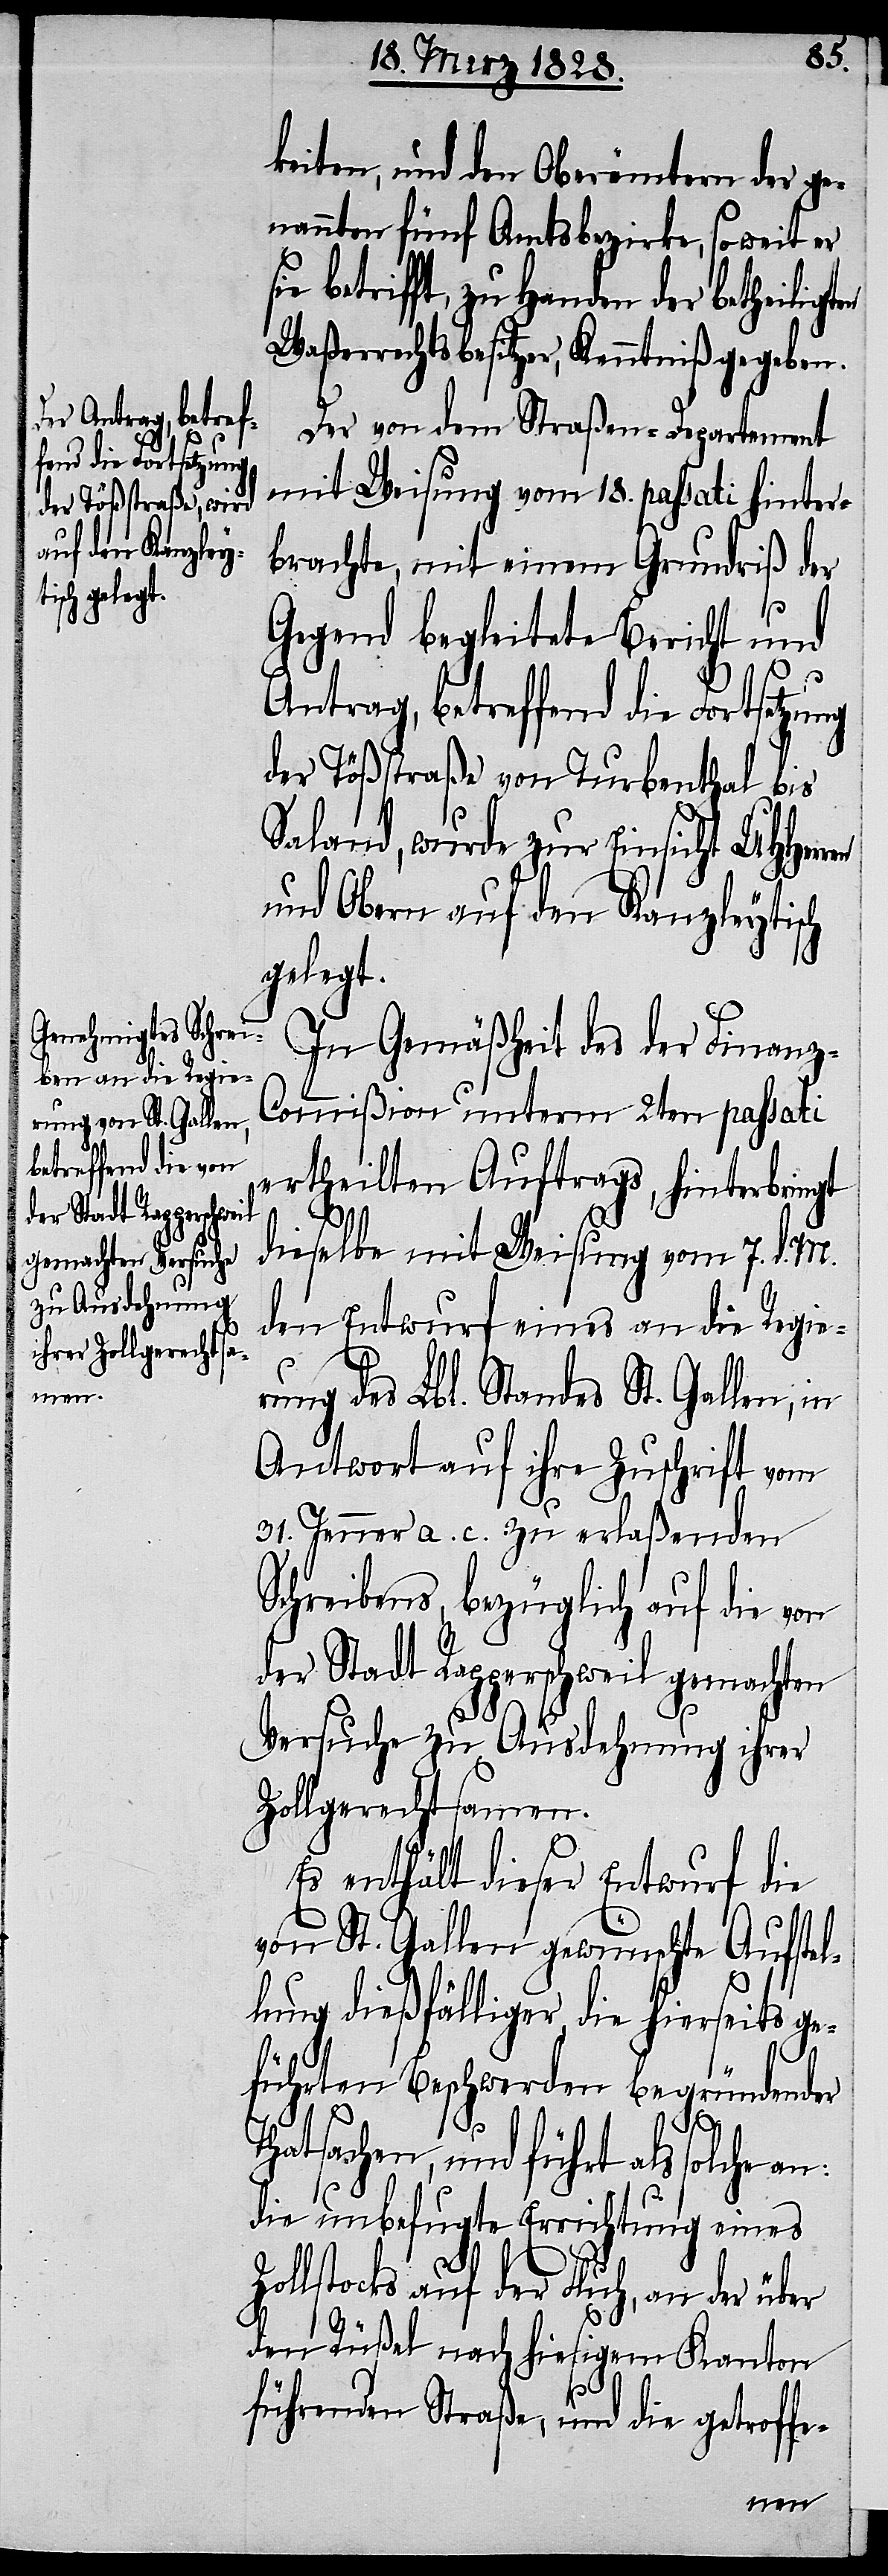
keiten, und den Oberämtern der ge¬
nannten fünf Amtsbezirke, so weit er
betrifft, zu Handen der betheilig¬
Waßerrechtsbesitzer, Kenntniß gegeben.
Der von dem Straßen-Departement
mit Weisung vom 18. passati hinter¬
brachte, mit einem Grundriß der
Gegend begleitete Bericht und
T¬
Antrag, betreffend die Fortsetzung
der Tößstraße von Turbenthal bis
Saland, wurde zur Einsicht UHHerr¬
und Obern auf den Kanzleytisch
gelegt.
In Gemäßheit des der Finanz-C¬
ommißion unterm 2ten passati
ertheilten Auftrags, hinterbringt
dieselbe mit Weisung vom 7. d. M.
den Entwurf eines an die Regie¬
rung des Lbl. Standes St. Gallen, in
Antwort auf ihre Zuschrift vom
31. Jenner a. c. zu erlaßenden
Schreibens, bezüglich auf die von
der Stadt Rapperschweil gemachten
Versuche zu Ausdehnung ihrer
Zollgerechtsamen.
Es enthält dieser Entwurf die
von St. Gallen gewünschte Aufstel¬
lung dießfälliger, die hierseits ge¬
führten Beschwerden begründender
hatsachen, und führt als solche
die unbefugte Errichtung eines
Zollstocks auf der Fluch, an der über
den Rüßel nach hiesigem Kanton
führenden Straße, und die getroffe-
en